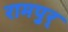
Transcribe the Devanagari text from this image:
रामपुर्